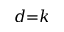
d { = } k